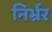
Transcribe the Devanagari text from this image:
निर्भ्रर